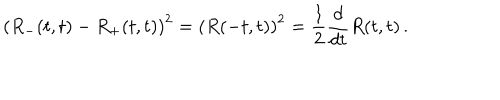
\left( R _ { - } ( t , t ) - R _ { + } ( t , t ) \right) ^ { 2 } = \left( R ( - t , t ) \right) ^ { 2 } = { \frac { 1 } { 2 } } { \frac { d } { d t } } R ( t , t ) \, .